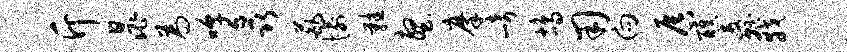
斤晁为嗥矗葩愉鞋壑摩崎鸪用向唇醮纛戟